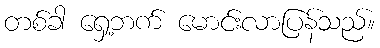
တစ်ခါ ရှေ့ဘက် မောင်းလာပြန်သည်။